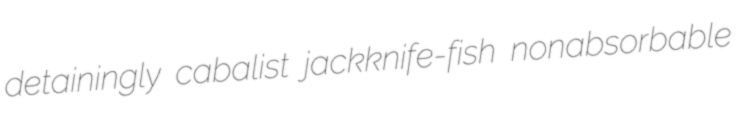
detainingly cabalist jackknife-fish nonabsorbable